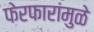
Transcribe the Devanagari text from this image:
फेरफारांमुळे